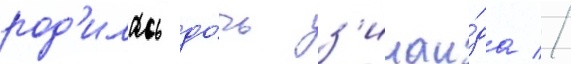
род'илась до́чь з'инаи́да //